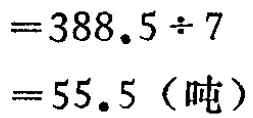
\[
\begin{align*}
&=388.5\div7\\
& = 55.5\ (\text{吨})
\end{align*}
\]